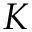
K